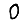
Digit: 0